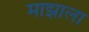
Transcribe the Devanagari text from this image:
माझाला